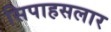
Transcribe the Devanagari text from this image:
सिपाहसलार